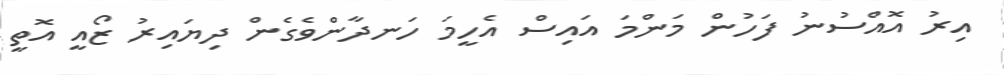
އިރު އޮއްސުނު ފަހުން މަންމަ އައިސް އެހީމަ ހަނދާންވެގެން ދިޔައިރު ޒޯއީ އޮތީ